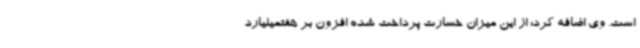
است. وی اضافه کرد: از این میزان خسارت پرداخت شده افزون بر هفتمیلیارد